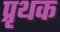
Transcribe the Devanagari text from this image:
प्रृथक